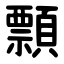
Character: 顠